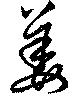
萎